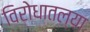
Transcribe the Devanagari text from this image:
विरोधातल्या